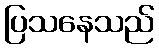
ပြသနေသည်